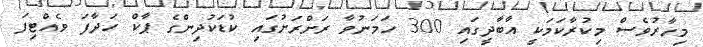
މިހާރުވެސް މިކުރާކަމަކީ އާބާދީގައި 300 ހަމަނުވާ ރަށްރަށުގައި ކުޑަކުދިންގެ ޕާކް ހަދާފަ ވެއްޓިފަ